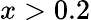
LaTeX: x>0.2